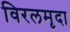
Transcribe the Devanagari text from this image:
विरलमृदा